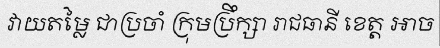
វាយតម្លៃ ជាប្រចាំ ក្រុមប្រឹក្សា រាជធានី ខេត្ត អាច